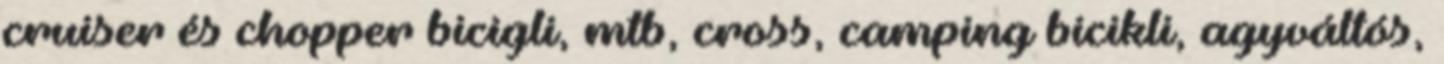
cruiser és chopper bicigli, mtb, cross, camping bicikli, agyváltós,